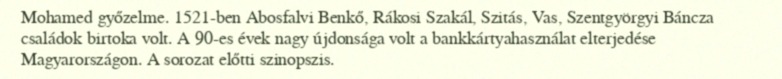
Mohamed győzelme. 1521-ben Abosfalvi Benkő, Rákosi Szakál, Szitás, Vas, Szentgyörgyi Báncza családok birtoka volt. A 90-es évek nagy újdonsága volt a bankkártyahasználat elterjedése Magyarországon. A sorozat előtti szinopszis.